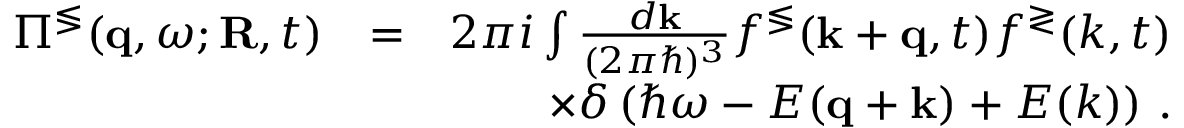
\begin{array} { r l r } { \Pi ^ { \lessgtr } ( { \bf q } , \omega ; { \bf R } , t ) } & { = } & { 2 \pi i \int \frac { d { \bf k } } { ( 2 \pi \hbar ) ^ { 3 } } f ^ { \lessgtr } ( { \bf k } + { \bf q } , t ) f ^ { \gtrless } ( k , t ) } \\ & { } & { \times \delta \left( \hbar \omega - E ( { \bf q } + { \bf k } ) + E ( k ) \right) \, . } \end{array}